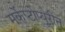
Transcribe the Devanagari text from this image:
मर्केप्टोप्यूरीन